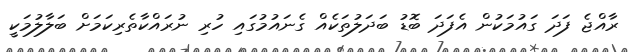
ރާއްޖެ ފަދަ ގައުމަކުން އެފަދަ ބޮޑު ބަދަލުތަކެއް ގެނައުމުގައި ހުރި ނުރައްކާތެރިކަމަށް ބަލާލުމަކީ